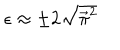
\epsilon \approx \pm 2 \sqrt { { \vec { \pi } } ^ { 2 } }